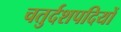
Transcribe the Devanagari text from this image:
चतुर्दशपदियों